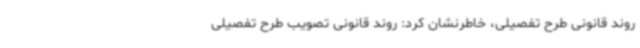
روند قانونی طرح تفصیلی، خاطرنشان کرد: روند قانونی تصویب طرح تفصیلی